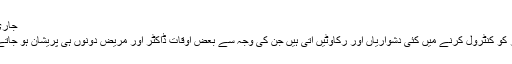
جاری ہے
شوگر کو کنٹرول کرنے میں کئی دشواریاں اور رکاوٹیں آتی ہیں جن کی وجہ سے بعض اوقات ڈاکٹر اور مریض دونوں ہی پریشان ہو جاتے ہیں۔